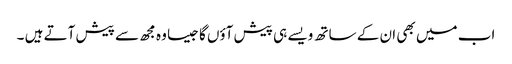
اب میں بھی ان کے ساتھ ویسے ہی پیش آؤں گا جیسا وہ مجھ سے پیش آتے ہیں ۔